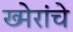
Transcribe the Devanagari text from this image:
ख्मेरांचे